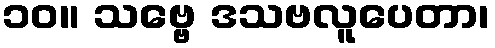
၁၀။ သဗ္ဗေ ဒသဗလူပေတာ၊